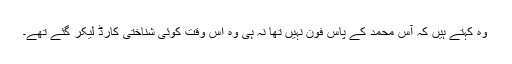
وہ کہتے ہیں کہ آس محمد کے پاس فون نہیں تھا نہ ہی وہ اس وقت کوئی شناختی کارڈ لیکر گئے تھے۔